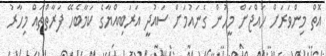
އޮތް މިންވަރަށް ހައްޖަށް މީހުން ގެނައުމަށް ސައުދީ އަރަބިއްޔާގެ ކަމާބެހޭ ފަރާތްތައް މިހާރު